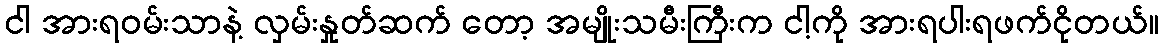
ငါ အားရဝမ်းသာနဲ့ လှမ်းနှုတ်ဆက် တော့ အမျိုးသမီးကြီးက ငါ့ကို အားရပါးရဖက်ငိုတယ်။